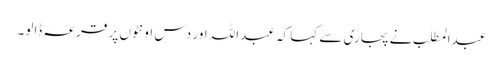
عبدالمطلب نے پجاری سے کہا کہ عبداللہ اور دس اونٹوں پر قرعہ ڈالو۔